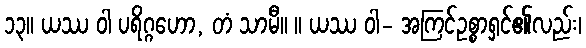
၁၃။ ယဿ ဝါ ပရိဂ္ဂဟော, တံ သာမီ။ ။ ယဿ ဝါ- အကြင်ဥစ္စာရှင်၏လည်း၊